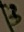
Text: 3